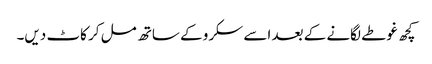
کچھ غوطے لگانے کے بعد اسے سکرو کے ساتھ مل کر کاٹ دیں۔